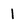
Character: 1